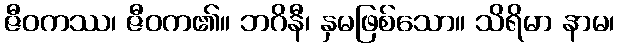
ဇီဝကဿ၊ ဇီဝက၏။ ဘဂိနီ၊ နှမဖြစ်သော။ သိရိမာ နာမ၊